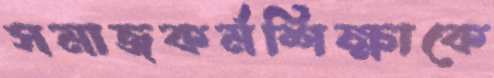
সমাজকর্মশিক্ষাকে